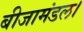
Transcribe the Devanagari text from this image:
बीजामंडल।